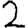
Digit: 2